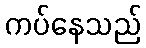
ကပ်နေသည်